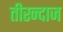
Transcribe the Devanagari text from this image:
तीरन्दाज